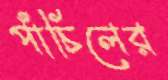
পাঁচিলের